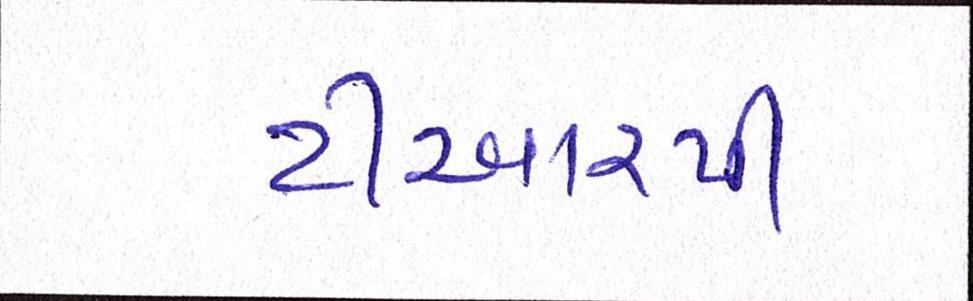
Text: ટીઆરપી